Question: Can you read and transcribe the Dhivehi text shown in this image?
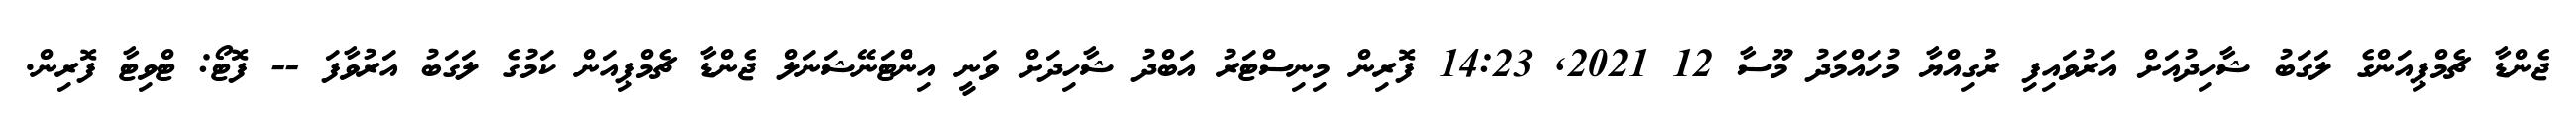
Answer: ޖެންޑާ ޗެމްޕިއަންގެ ލަގަބު ޝާހިދުއަށް އަރުވައިފި ރުގިއްޔާ މުހައްމަދު މޫސާ 12 2021, 14:23 ފޮރިން މިނިސްޓަރު އަބްދު ޝާހިދަށް ވަނީ އިންޓަނޭޝަނަލް ޖެންޑާ ޗެމްޕިއަން ކަމުގެ ލަގަބު އަރުވާފަ -- ފޮޓޯ: ޓްވިޓާ ފޮރިން.